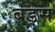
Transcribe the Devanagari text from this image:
बड्स